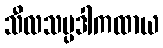
သီလသမ္ပဒါကထာယ